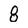
Character: 8